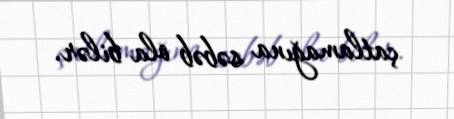
çatlamağına səbəb ola bilər.